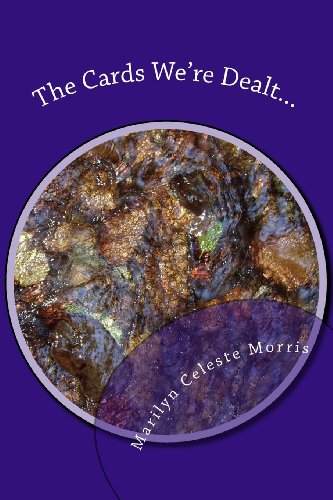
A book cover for The Cards We're Dealt...: And the Joker is Lupus; Marilyn Celeste Morris; Health, Fitness & Dieting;